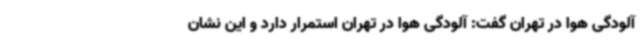
آلودگی هوا در تهران گفت: آلودگی هوا در تهران استمرار دارد و این نشان